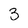
Character: 3